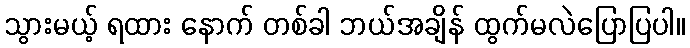
သွားမယ့် ရထား နောက် တစ်ခါ ဘယ်အချိန် ထွက်မလဲပြောပြပါ။